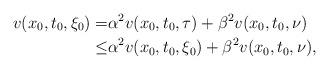
LaTeX: \begin{align*}v(x_0, t_0, \xi_0) =& \alpha^2 v(x_0, t_0, \tau) + \beta^2 v(x_0, t_0, \nu) \\\leq& \alpha^2 v(x_0, t_0, \xi_0)+\beta^2 v(x_0, t_0, \nu),\end{align*}